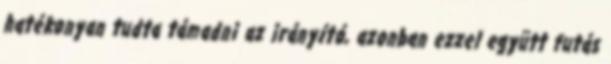
hatékonyan tudta támadni az irányító, azonban ezzel együtt futás